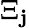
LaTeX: \Xi_{\mathbf{j}}